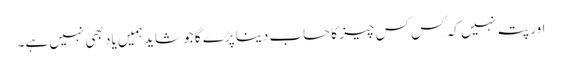
اور پتہ نہیں کہ کس کس چیز کا حساب دینا پڑے گا جو شاید ہمیں یاد بھی نہیں ہے۔